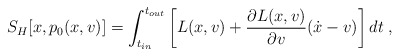
\begin{align*}S_{H}[x,p_{0}(x,v)]=\int_{t_{in}}^{t_{out}}\left[L(x,v)+\frac{\partial L(x,v)}{\partial v}(\dot{x}-v)\right]dt \; ,\end{align*}